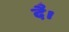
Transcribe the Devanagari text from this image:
दै।